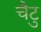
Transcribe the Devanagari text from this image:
चैटु